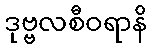
ဒုဗ္ဗလစီဝရာနိ